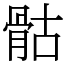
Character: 骷